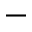
-